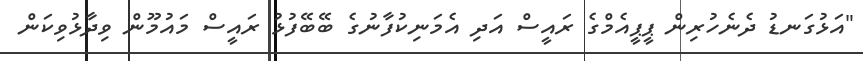
"އަޅުގަނޑު ދެނެހުރިން ޕީޕީއެމްގެ ރައީސް އަދި އެމަނިކުފާނުގެ ބޭބޭފުޅު ރައީސް މައުމޫން ވިދާޅުވިކަން